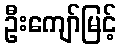
ဦးကျော်မြင့်